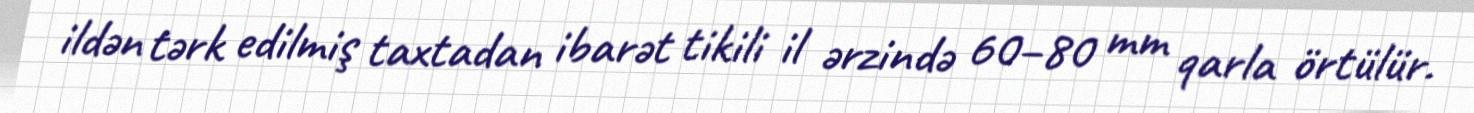
ildən tərk edilmiş taxtadan ibarət tikili il ərzində 60–80 mm qarla örtülür.